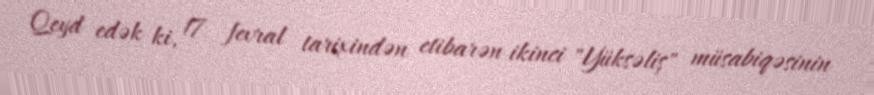
Qeyd edək ki, 17 fevral tarixindən etibarən ikinci "Yüksəliş" müsabiqəsinin